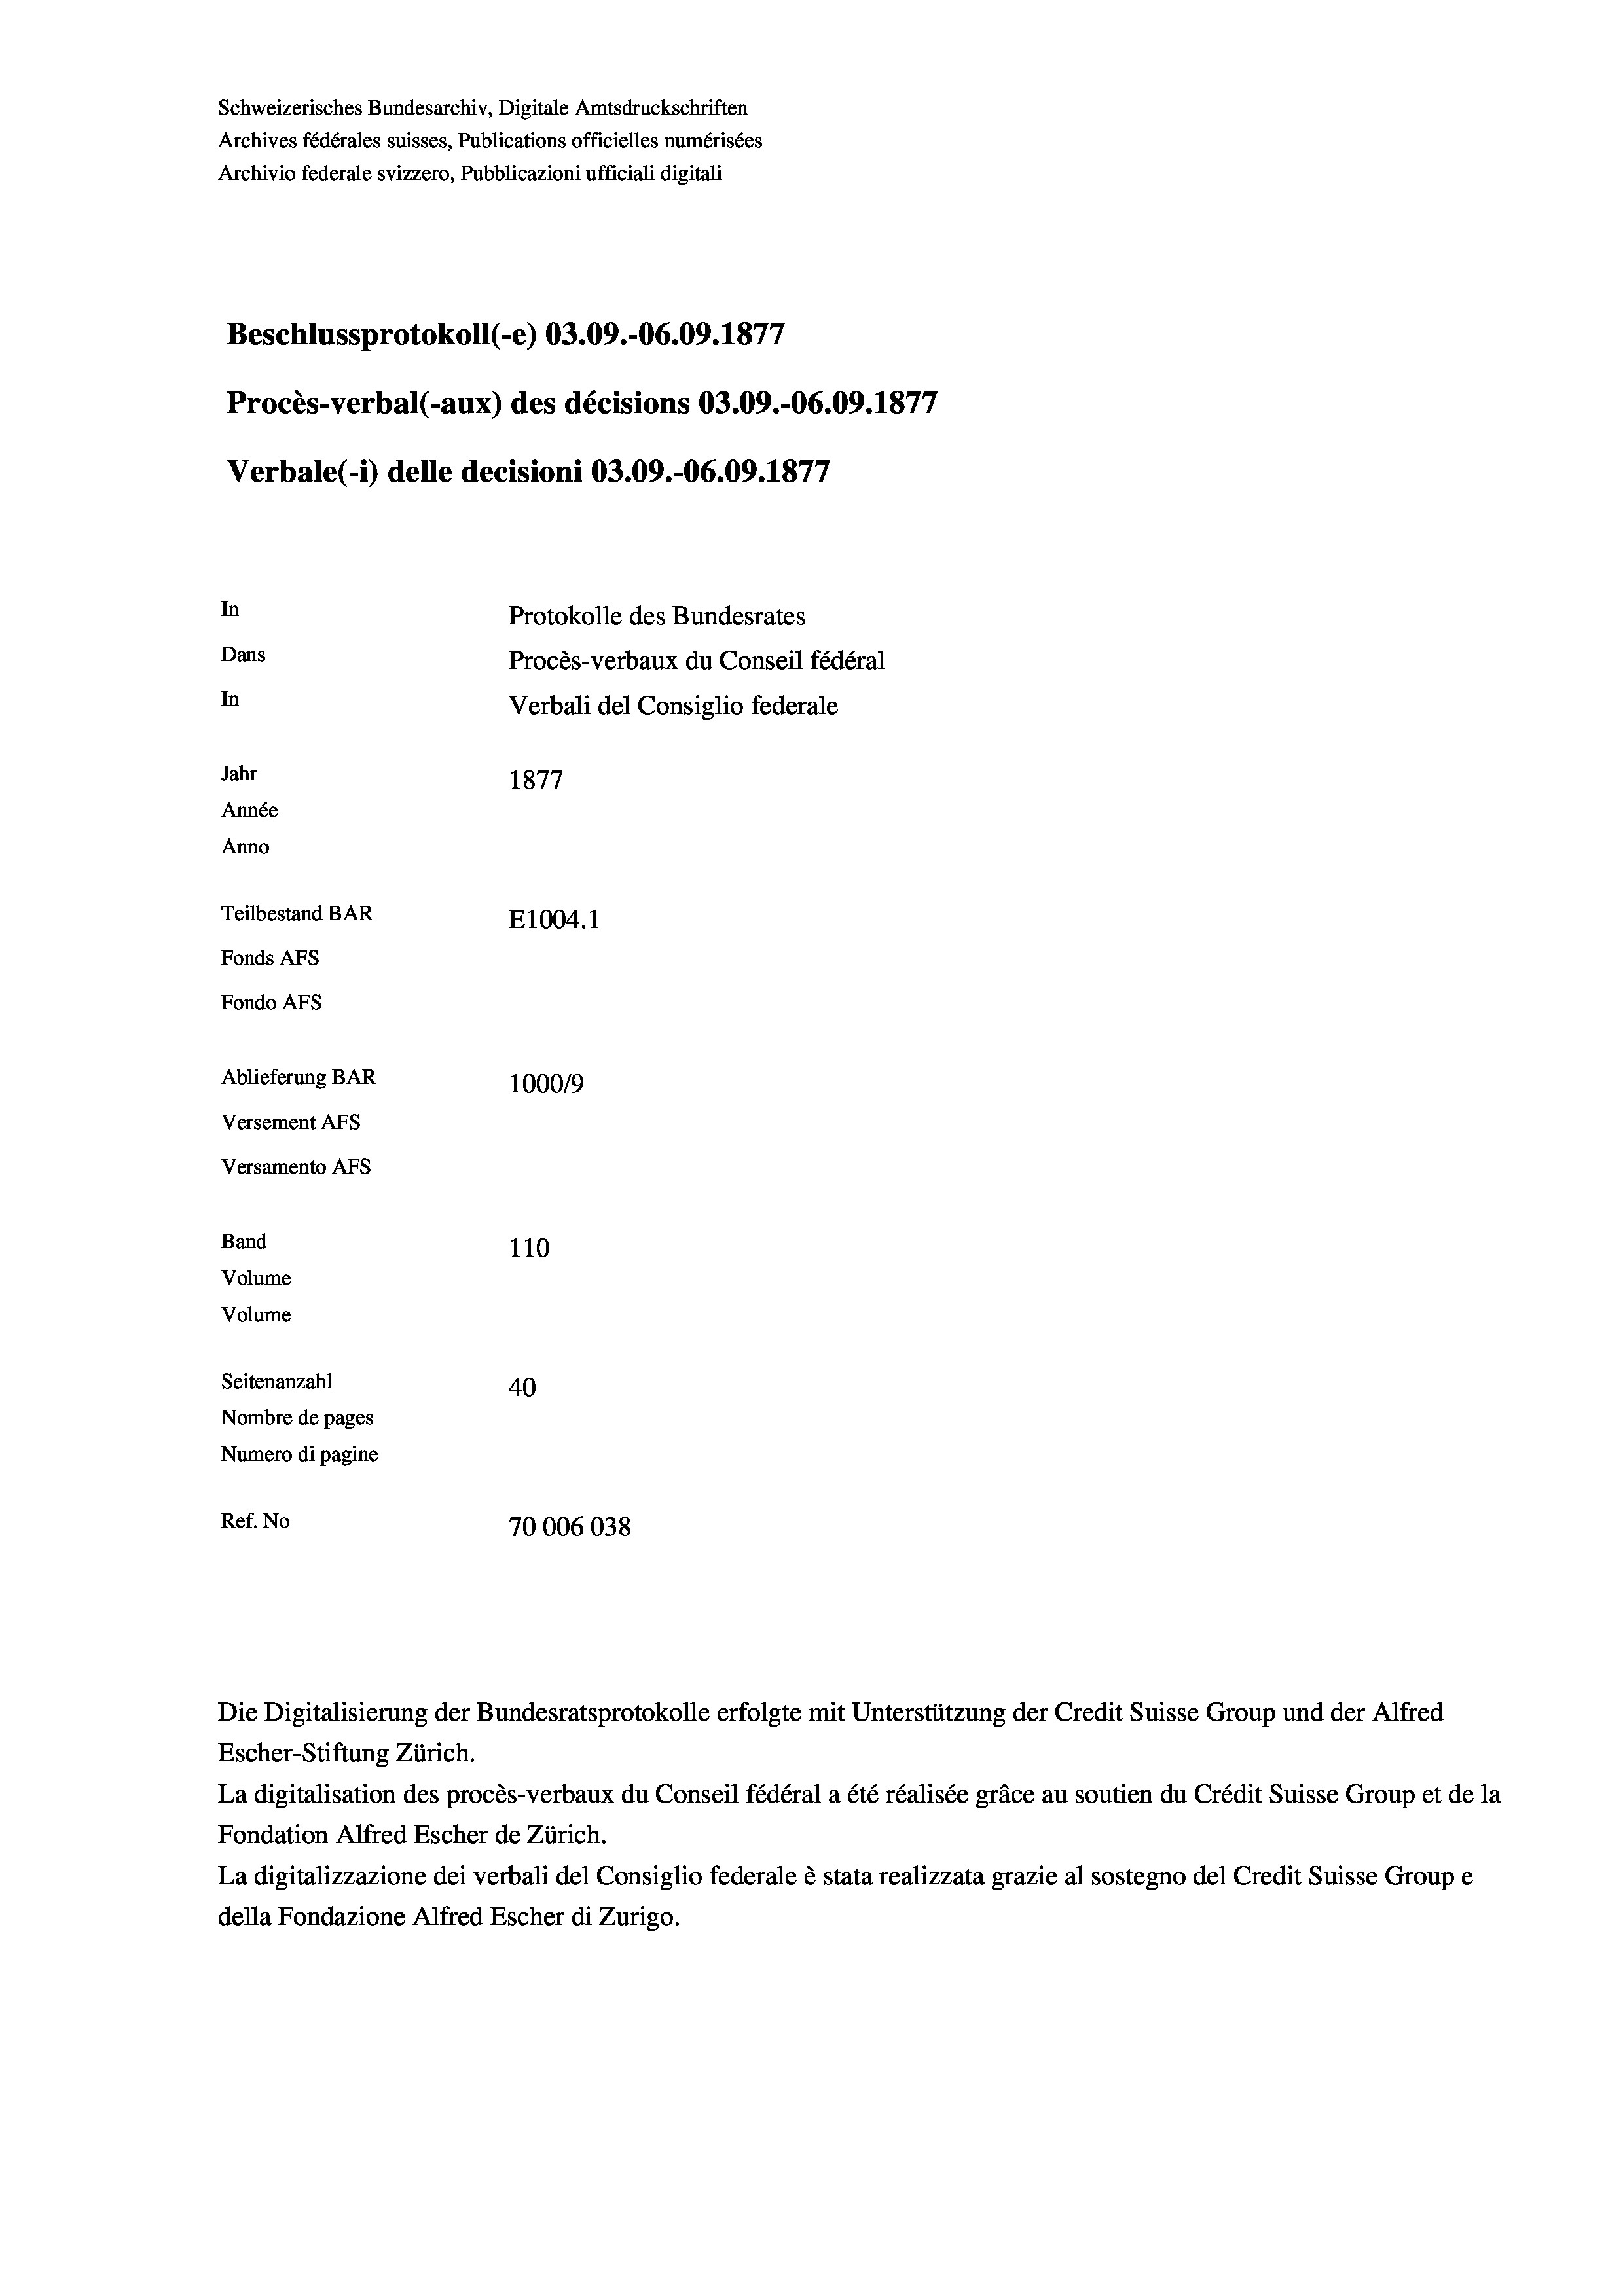
Schweizerisches Bundesarchiv, Digitale Amtsdruckschriften
Archives fédérales suisses, Publications officielles numérisées
Archivio federale svizzero, Pubblicazioni ufficiali digitali
1
Beschlussprotokoll (-e) 03.09.-06.09. 1877
Procès-verbal (-aux) des décisions 03.09.-06.09. 1877
Verbale (1) delle decisioni 03.09.-06.09. 1877
In
Protokolle des Bundesrates
Dans
Procès-verbaux du Conseil fédéral
In
Verbali del Consiglio federale
Jahr
1877
Année
Anno
Teilbestand BAR
E1004.1
Fonds AFs
Fondo AFs
Ablieferung BAR
100019
Versement AFs
Versamento Afs
Band
110
Volume
Volume
Seitenanzahl
40
Nombre de pages
Numero di pagine
Ref. No
70006038

Die Digitalisierung der Bundesratsprotokolle erfolgte mit Unterstützung der Credit Suisse Group und der Alfred

Escher-Stiftung Zürich.
La digitalisation des procès-verbaux du Conseil fédéral a été réalisée gräce au soutien du Crédit Suisse Group et de la
Fondation Alfred Escher de Zürich.
La digitalizzazione dei verbali del Consiglio federale è stata realizzata grazie al sostegno del Credit Suisse Groupe
della Fondazione Alfred Escher di Zurigo.